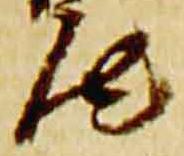
汰